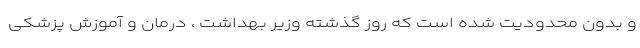
و بدون محدودیت شده است که روز گذشته وزیر بهداشت ، درمان و آموزش پزشکی